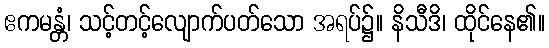
ဧကမန္တံ၊ သင့်တင့်လျောက်ပတ်သော အရပ်၌။ နိသီဒိ၊ ထိုင်နေ၏။